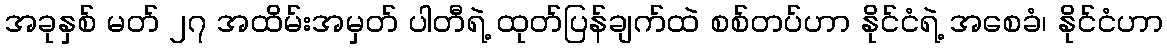
အခုနှစ် မတ် ၂၇ အထိမ်းအမှတ် ပါတီရဲ့ ထုတ်ပြန်ချက်ထဲ စစ်တပ်ဟာ နိုင်ငံရဲ့ အစေခံ၊ နိုင်ငံဟာ